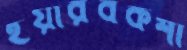
ইয়ারবকশী